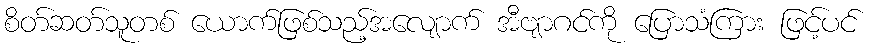
စိတ်ဆတ်သူတစ် ယောက်ဖြစ်သည့်အလျောက် အီဗျာဂင်ကို ပြောသံကြား ဖြင့်ပင်